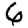
Digit: 6